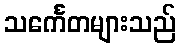
သင်္ကေတများသည်